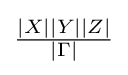
{\tfrac {|X||Y||Z|}{|\Gamma |}}